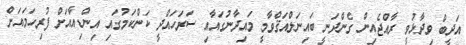
އަދީބް ވިދާޅުވީ ރާއްޖެއިން ގެންދަނީ ބައިނަލްއަޤްވާމީ މައިދާނުގައާއި ސަރަހައްދީ ކަންކަމުގައި އިންޑިއާއަށް ފުރިހަމައަށް